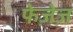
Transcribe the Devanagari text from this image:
फेज़ेज़